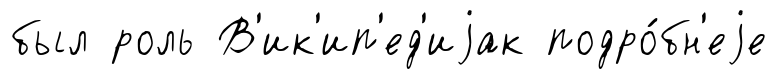
был роль В'ик'ип'ед'иjак подро́бн'еjе